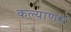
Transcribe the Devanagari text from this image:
कल्‍याणम